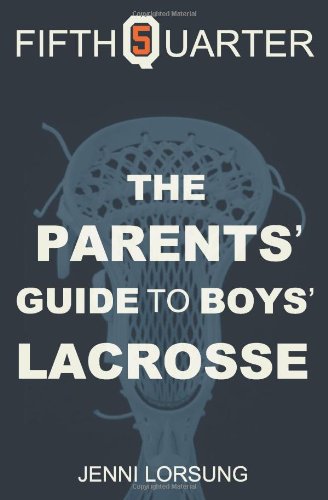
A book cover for The Parent's Guide to Boys Lacrosse; Jenni Lorsung; Sports & Outdoors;